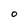
Character: O